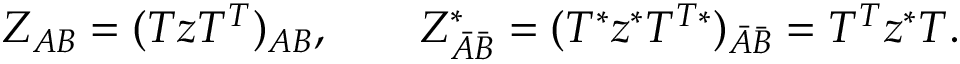
Z _ { A B } = ( T z T ^ { T } ) _ { A B } , \quad \quad Z _ { \bar { A } \bar { B } } ^ { * } = ( T ^ { * } z ^ { * } T ^ { T * } ) _ { \bar { A } \bar { B } } = T ^ { T } z ^ { * } T .